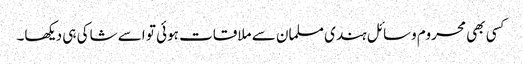
کسی بھی محروم وسائل ہندی مسلمان سے ملاقات ہوئی تو اسے شاکی ہی دیکھا۔